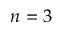
n = 3